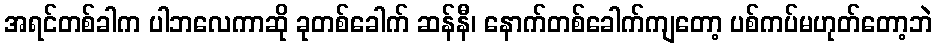
အရင်တစ်ခါက ပါဘလေကာဆို ခုတစ်ခေါက် ဆန်နီ၊ နောက်တစ်ခေါက်ကျတော့ ပစ်ကပ်မဟုတ်တော့ဘဲ